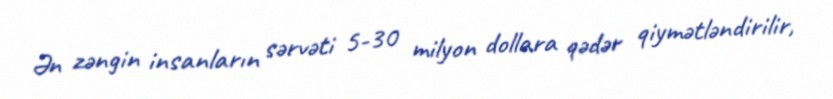
Ən zəngin insanların sərvəti 5-30 milyon dollara qədər qiymətləndirilir,